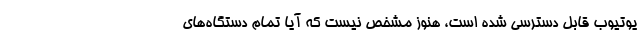
یوتیوب قابل دسترسی شده است، هنوز مشخص نیست که آیا تمام دستگاه‌های